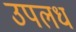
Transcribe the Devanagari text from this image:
उपलध